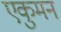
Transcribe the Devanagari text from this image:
एकुमन